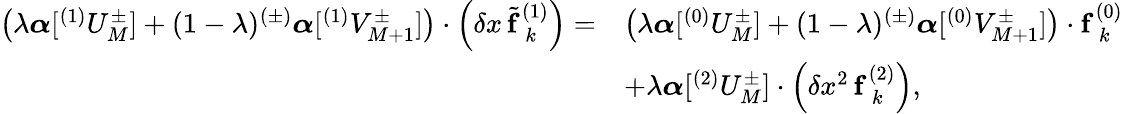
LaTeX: \begin{array}{rl}{\left(\lambda\boldsymbol{\alpha}[^{(1)}U_{M}^{\pm}]+(1-\lambda)^{(\pm)}\boldsymbol{\alpha}[^{(1)}V_{M+1}^{\pm}]\right)\cdot\left(\delta x\, \tilde{\mathbf{f}}_{\hphantom{(}k}^{(1)}\right)=}&{\left(\lambda\boldsymbol{\alpha}[^{(0)}U_{M}^{\pm}]+(1-\lambda)^{(\pm)}\boldsymbol{\alpha}[^{(0)}V_{M+1}^{\pm}]\right)\cdot\mathbf{f}_{\hphantom{(}k}^{(0)}}\\ &{+\lambda\boldsymbol{\alpha}[^{(2)}U_{M}^{\pm}]\cdot\left(\delta x^{2}\, \mathbf{f}_{\hphantom{(}k}^{(2)}\right),}\end{array}